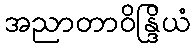
အညာတာဝိန္ဒြိယံ